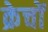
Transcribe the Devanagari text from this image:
क्रेचों